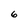
Character: 6